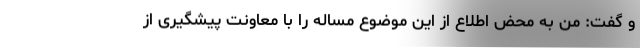
و گفت: من به محض اطلاع از این موضوع مساله را با معاونت پیشگیری از